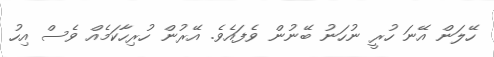
ހޭލަން އޭނަ ހުރީ ނުހަނު ބޭނުން ވެފައެވެ. އޭރުން ހުރިހާކަމެއް ވެސް އިހު